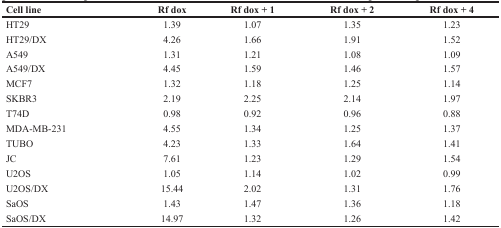
<table><thead><tr><td><b>Cell line</b></td><td><b>Rf dox</b></td><td><b>Rf dox + 1</b></td><td><b>Rf dox + 2</b></td><td><b>Rf dox + 4</b></td></tr></thead><tbody><tr><td>HT29</td><td>1.39</td><td>1.07</td><td>1.35</td><td>1.23</td></tr><tr><td>HT29/DX</td><td>4.26</td><td>1.66</td><td>1.91</td><td>1.52</td></tr><tr><td>A549</td><td>1.31</td><td>1.21</td><td>1.08</td><td>1.09</td></tr><tr><td>A549/DX</td><td>4.45</td><td>1.59</td><td>1.46</td><td>1.57</td></tr><tr><td>MCF7</td><td>1.32</td><td>1.18</td><td>1.25</td><td>1.14</td></tr><tr><td>SKBR3</td><td>2.19</td><td>2.25</td><td>2.14</td><td>1.97</td></tr><tr><td>T74D</td><td>0.98</td><td>0.92</td><td>0.96</td><td>0.88</td></tr><tr><td>MDA-MB-231</td><td>4.55</td><td>1.34</td><td>1.25</td><td>1.37</td></tr><tr><td>TUBO</td><td>4.23</td><td>1.33</td><td>1.64</td><td>1.41</td></tr><tr><td>JC</td><td>7.61</td><td>1.23</td><td>1.29</td><td>1.54</td></tr><tr><td>U2OS</td><td>1.05</td><td>1.14</td><td>1.02</td><td>0.99</td></tr><tr><td>U2OS/DX</td><td>15.44</td><td>2.02</td><td>1.31</td><td>1.76</td></tr><tr><td>SaOS</td><td>1.43</td><td>1.47</td><td>1.36</td><td>1.18</td></tr><tr><td>SaOS/DX</td><td>14.97</td><td>1.32</td><td>1.26</td><td>1.42</td></tr></tbody></table>